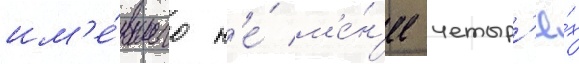
им'е́вшего н'е́ м'е́н'ее четыр'ё́х